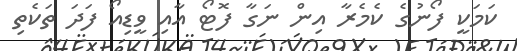
ކަމަކީ ފޯނުގެ ކެމެރާ އިން ނަގާ ފޮޓޯ އާއި ވީޑިއޯ ފަދަ ތަކެތި